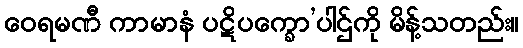
ဝေရမဏီ ကာမာနံ ပဋိပက္ခော’ပါဌ်ကို မိန့်သတည်း။